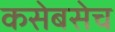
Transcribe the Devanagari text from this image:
कसेबसेच